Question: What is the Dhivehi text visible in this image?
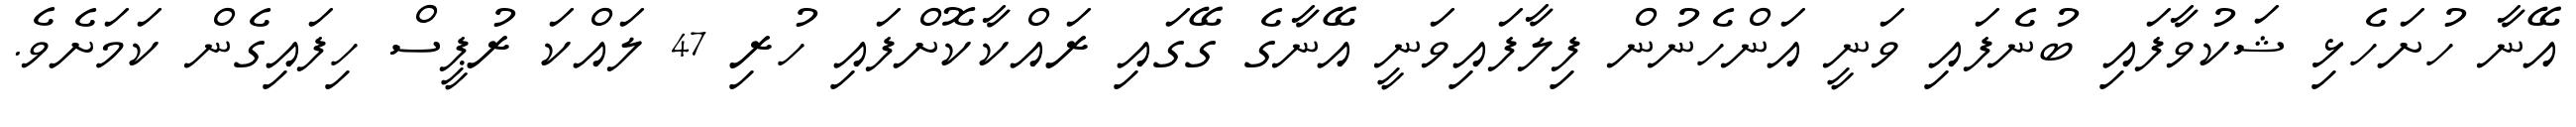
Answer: އޭނާ ހުށަހެޅި ޝަކުވާފައި ބުނެފައި ވަނީ އަންހެނުން ފިލާފައިވަނީ އޭނާގެ ގޭގައި ރައްކާކޮށްފައި ހުރި 47 ލައްކަ ރުޕީސް ހިފައިގެން ކަމަށެވެ.